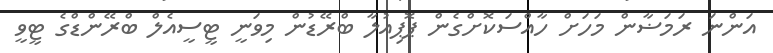
އަންނަ ރަމަޟާން މަހަށް ހާއްސަކޮށްގެން ޕޮޕިއުލާ ބްރޭޑުން މިވަނީ ޓީސީއެލް ބްރޭންޑްގެ ޓީވީ